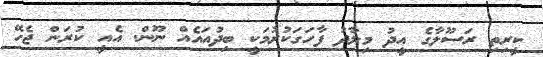
ކީރިތި ރަސޫލާގެ އީދު މިލާދު ފާހަގަކުރުމަކީ ބިދުއައެއް ނޫން. އެއީ ކުރަން ޖެހޭ